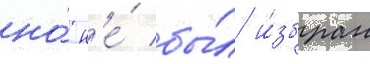
но́ н'е́ бы́л и́збран